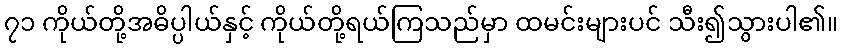
၇၁ ကိုယ်တို့အဓိပ္ပါယ်နှင့် ကိုယ်တို့ရယ်ကြသည်မှာ ထမင်းများပင် သီး၍သွားပါ၏။